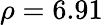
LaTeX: \rho=6.91\